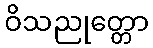
ဝိသညုတ္တော